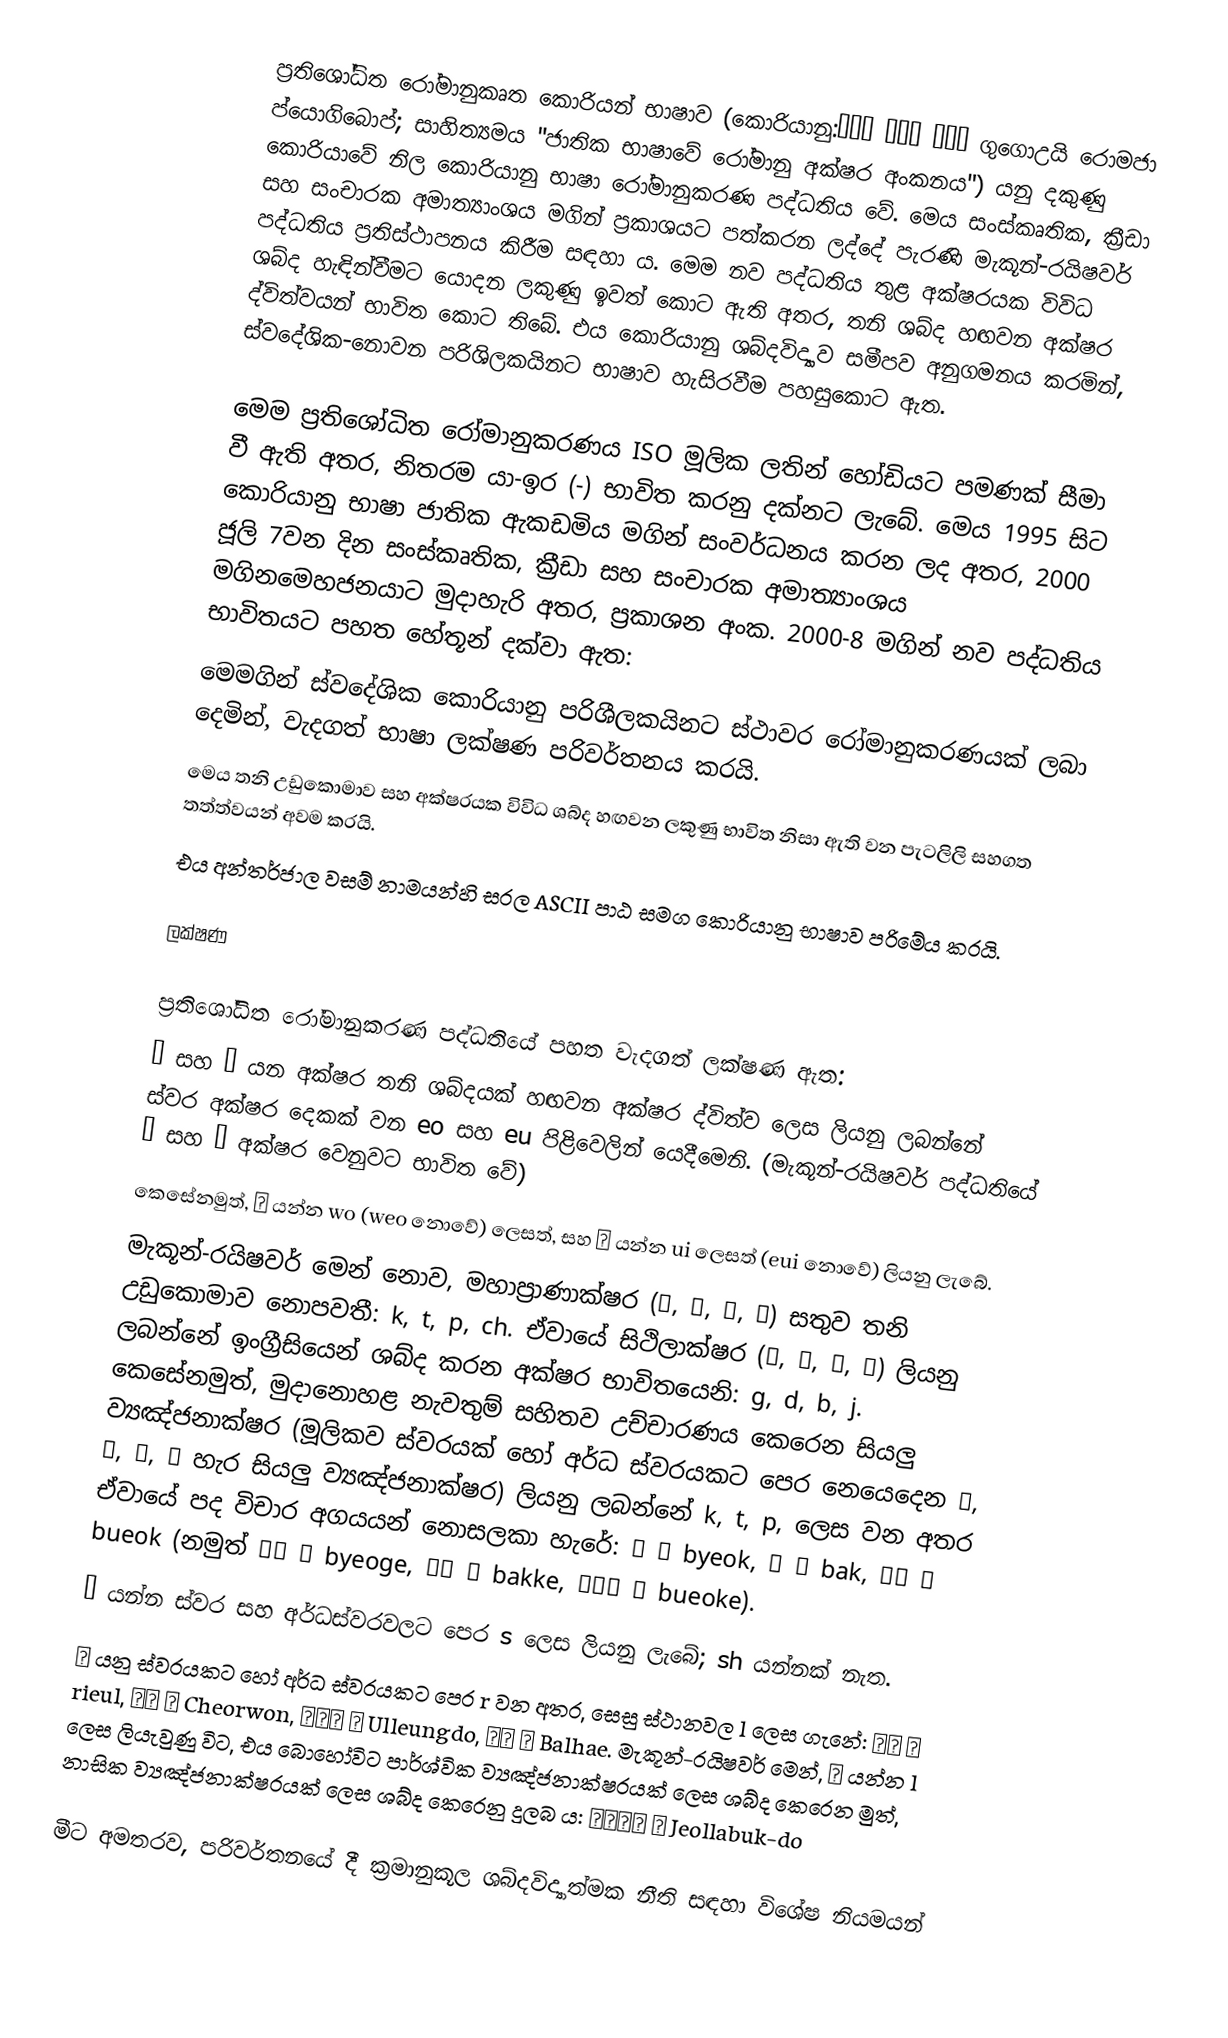
‍ප්‍රතිශෝධිත රෝමානුකෘත කොරියන් භාෂාව (කොරියානු:국어의 로마자 표기법 ගුගොඋයි රොමජා ප්යොගිබොප්; සාහිත්‍යමය "ජාතික භාෂාවේ රෝමානු අක්ෂර අංකනය") යනු දකුණු කොරියාවේ නිල කොරියානු භාෂා රෝමානුකරණ පද්ධතිය වේ. මෙය සංස්කෘතික, ක්‍රීඩා සහ සංචාරක අමාත්‍යාංශය මගින් ප්‍රකාශයට පත්කරන ලද්දේ පැරණි මැකූන්-රයිෂවර් පද්ධතිය ප්‍රතිස්ථාපනය කිරීම සඳහා ය. මෙම නව පද්ධතිය තුළ අක්ෂරයක විවිධ ශබ්ද හැඳින්වීමට යොදන ලකුණු ඉවත් කොට ඇති අතර, තනි ශබ්ද හඟවන අක්ෂර ද්විත්වයන් භාවිත කොට ති‍බේ. එය කොරියානු ශබ්දවිද්‍යාව සමීපව අනුගමනය කරමින්, ස්වදේශික-නොවන පරිශිලකයිනට භාෂාව හැසිරවීම පහසුකොට ඇත.

මෙම ප්‍රතිශෝධිත රෝමානුකරණය ISO මූලික ලතින් හෝඩියට පමණක් සීමා වී ඇති අතර, නිතරම යා-ඉර (-) භාවිත කරනු දක්නට ලැබේ. මෙය 1995 සිට කොරියානු භාෂා ජාතික ඇකඩමිය මගින් සංවර්ධනය කරන ලද අතර, 2000 ජූලි 7වන දින සංස්කෘතික, ක්‍රීඩා සහ සංචාරක අමාත්‍යාංශය මගිනමෙහජනයාට මුදාහැරි අතර, ප්‍රකාශන අංක. 2000-8 මගින් නව පද්ධතිය භාවිතයට පහත හේතූන් දක්වා ඇත:
 මෙමගින් ස්වදේශික කොරියානු පරිශීලකයිනට ස්ථාවර රෝමානුකරණයක් ලබා දෙමින්, වැදගත් භාෂා ලක්ෂණ පරිවර්තනය කරයි.
 මෙය තනි උඩුකොමාව සහ අක්ෂරයක විවිධ ශබ්ද හඟවන ලකුණු භාවිත නිසා ඇති වන පැටලිලි සහගත තත්ත්වයන් අවම කරයි.
 එය අන්තර්ජාල වසම් නාමයන්හි සරල ASCII පාඨ සමග කොරියානු භාෂාව පරිමේය කරයි.

ලක්ෂණ

ප්‍රතිශෝධිත රෝමානුකරණ පද්ධතියේ පහත වැදගත් ලක්ෂණ ඇත:
 어 සහ 으 යන අක්ෂර තනි ශබ්දයක් හඟවන අක්ෂර ද්විත්ව ලෙස ලියනු ලබන්නේ ස්වර අක්ෂර දෙකක් වන eo සහ eu පිළිවෙලින් යෙදීමෙනි. (මැකූන්-රයිෂවර් පද්ධතියේ ŏ සහ ŭ අක්ෂර වෙනුවට භාවිත වේ)
 කෙසේනමුත්, ㅝ යන්න wo (weo නොවේ) ලෙසත්, සහ ㅢ යන්න ui ලෙසත් (eui නොවේ) ලියනු ලැබේ.
 මැකූන්-රයිෂවර් මෙන් නොව, මහාප්‍රාණාක්ෂර (ㅋ, ㅌ, ㅍ, ㅊ) සතුව තනි උඩුකොමාව නොපවතී: k, t, p, ch. ඒවායේ සිථිලාක්ෂර (ㄱ, ㄷ, ㅂ, ㅈ) ලියනු ලබන්නේ ඉංග්‍රීසියෙන් ශබ්ද කරන අක්ෂර භාවිතයෙනි: g, d, b, j. කෙසේනමුත්, මුදානොහළ නැවතුම් සහිතව උච්චාරණය කෙරෙන සියලු ව්‍යඤ්ජනාක්ෂර (මූලිකව ස්වරයක් හෝ අර්ධ ස්වරයකට පෙර නෙයෙදෙන ㄴ, ㄹ, ㅁ, ㅇ හැර සියලු ව්‍යඤ්ජනාක්ෂර) ලියනු ලබන්නේ k, t, p, ලෙස වන අතර ඒවායේ පද විචාර අගයයන් නොසලකා හැරේ: 벽 → byeok, 밖 → bak, 부엌 → bueok (නමුත් 벽에 → byeoge, 밖에 → bakke, 부엌에 → bueoke).
 ㅅ යන්න ස්වර සහ අර්ධස්වරවලට පෙර s ලෙස ලියනු ලැබේ; sh යන්නක් නැත.
 ㄹ යනු ස්වරයකට හෝ අර්ධ ස්වරයකට පෙර r වන අතර, සෙසු ස්ථානවල l ලෙස ගැනේ: 리을 → rieul, 철원 → Cheorwon, 울릉도 → Ulleungdo, 발해 → Balhae. මැකූන්-රයිෂවර් මෙන්, ㄴ යන්න l ලෙස ලියැවුණු විට, එය බොහෝවිට පාර්ශ්වික ව්‍යඤ්ජනාක්ෂරයක් ලෙස ශබ්ද කෙරෙන මුත්, නාසික ව්‍යඤ්ජනාක්ෂරයක් ලෙස ශබ්ද කෙරෙනු දුලබ ය: 전라북도 → Jeollabuk-do

මීට අමතරව, පරිවර්තනයේ දී ක්‍රමානුකූල ශබ්දවිද්‍යාත්මක නීති සඳහා විශේෂ නියමයන්